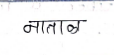
मजकूर: नाताळ